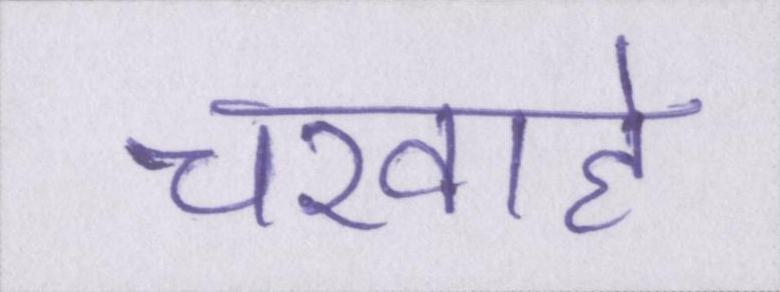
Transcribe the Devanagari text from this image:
चरवाहे